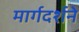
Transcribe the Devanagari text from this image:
मार्गदर्शने